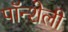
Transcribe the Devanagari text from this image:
पॉन्शेली